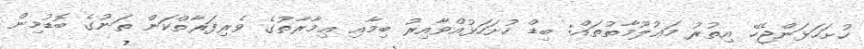
ހުށަހަޅަންޖެހޭ އިތުރު މަޢުލޫމާތުތައް: ބިޑް ހުށަހަޅުއްވާއިރު ބިމާއި ޢިމާރާތުގެ ވެރިފަރާތްކަން ތަނުގެ ބޮޑުމިން